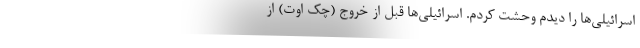
اسرائیلی‌ها را دیدم وحشت کردم. اسرائیلی‌ها قبل از خروج (چک اوت) از